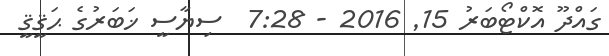
ގައްދޫ އޮކްޓޯބަރު 15